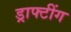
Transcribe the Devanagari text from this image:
ड्राफ्टींग